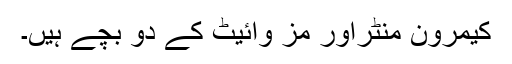
کیمرون منٹراور مز وائیٹ کے دو بچے ہیں۔